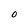
Character: O